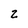
Character: 2